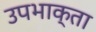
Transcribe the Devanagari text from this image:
उपभाक्ता